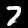
Digit: 7